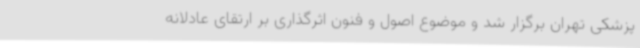
پزشکی تهران برگزار شد و موضوع اصول و فنون اثرگذاری بر ارتقای عادلانه